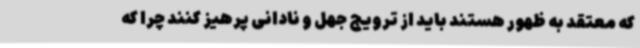
که معتقد به ظهور هستند باید از ترویج جهل و نادانی پرهیز کنند چرا که